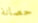
حصانة